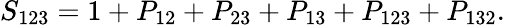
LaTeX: S_{123}=1+P_{12}+P_{23}+P_{13}+P_{123}+P_{132}.